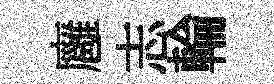
廱志輪